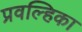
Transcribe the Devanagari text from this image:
प्रवल्हिका